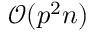
\mathcal { O } ( p ^ { 2 } n )